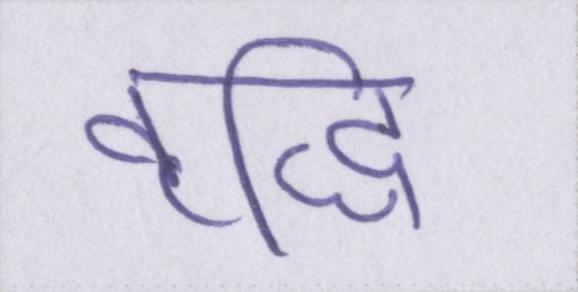
वृद्धि